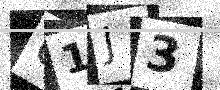
Text: U1J3